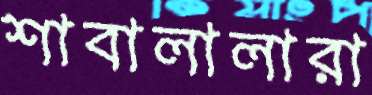
শাবালালারা